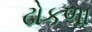
ઢોકળા